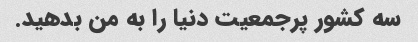
سه کشور پرجمعیت دنیا را به من بدهید.